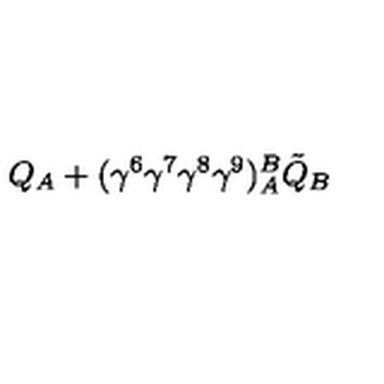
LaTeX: Q _ { A } + ( \gamma ^ { 6 } \gamma ^ { 7 } \gamma ^ { 8 } \gamma ^ { 9 } ) _ { A } ^ { B } \tilde { Q } _ { B } \nonumber